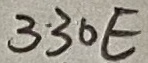
Text: 330E